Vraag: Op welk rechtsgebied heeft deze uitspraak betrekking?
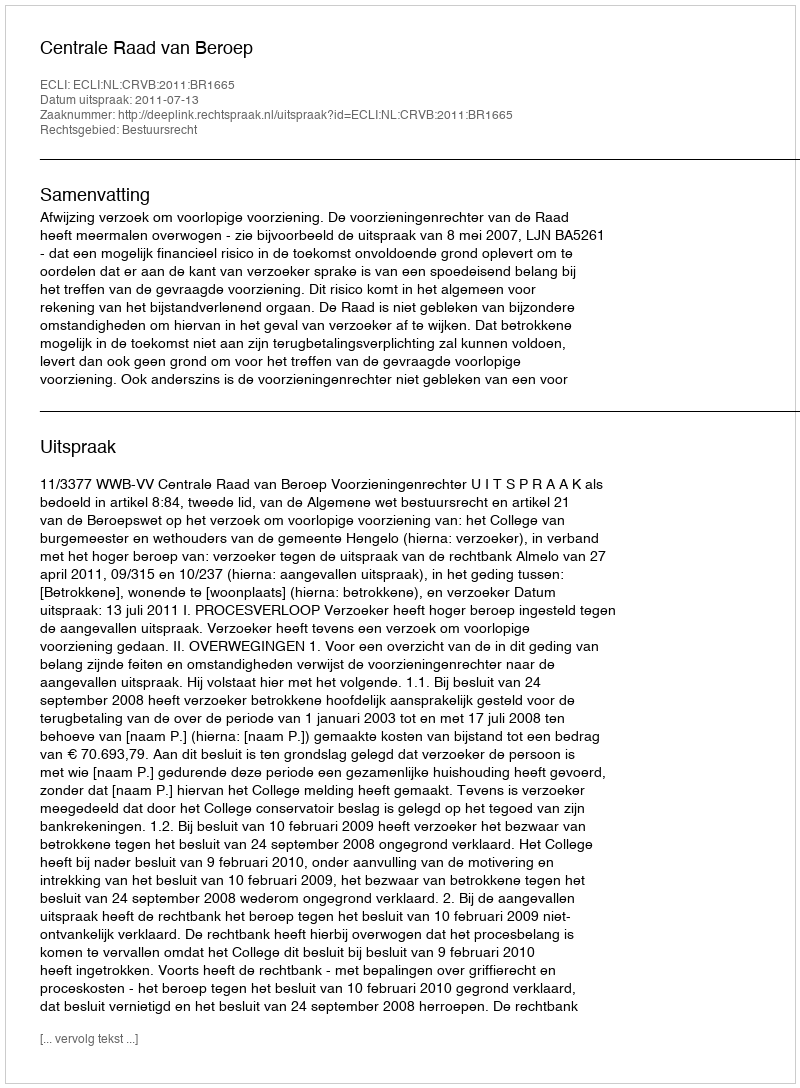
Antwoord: Bestuursrecht